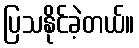
ပြသနိုင်ခဲ့တယ်။